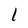
Character: 1